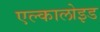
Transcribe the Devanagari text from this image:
एल्कालोइड